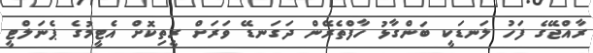
ރާއްޖޭގެ ފަހު ލަނޑަކީ ބަންގާޅު ހާފްތެރޭން ދަގަނޑޭ ވަރަށް ރީތިކޮށް އެޓީމުގެ ޕެނަލްޓީ